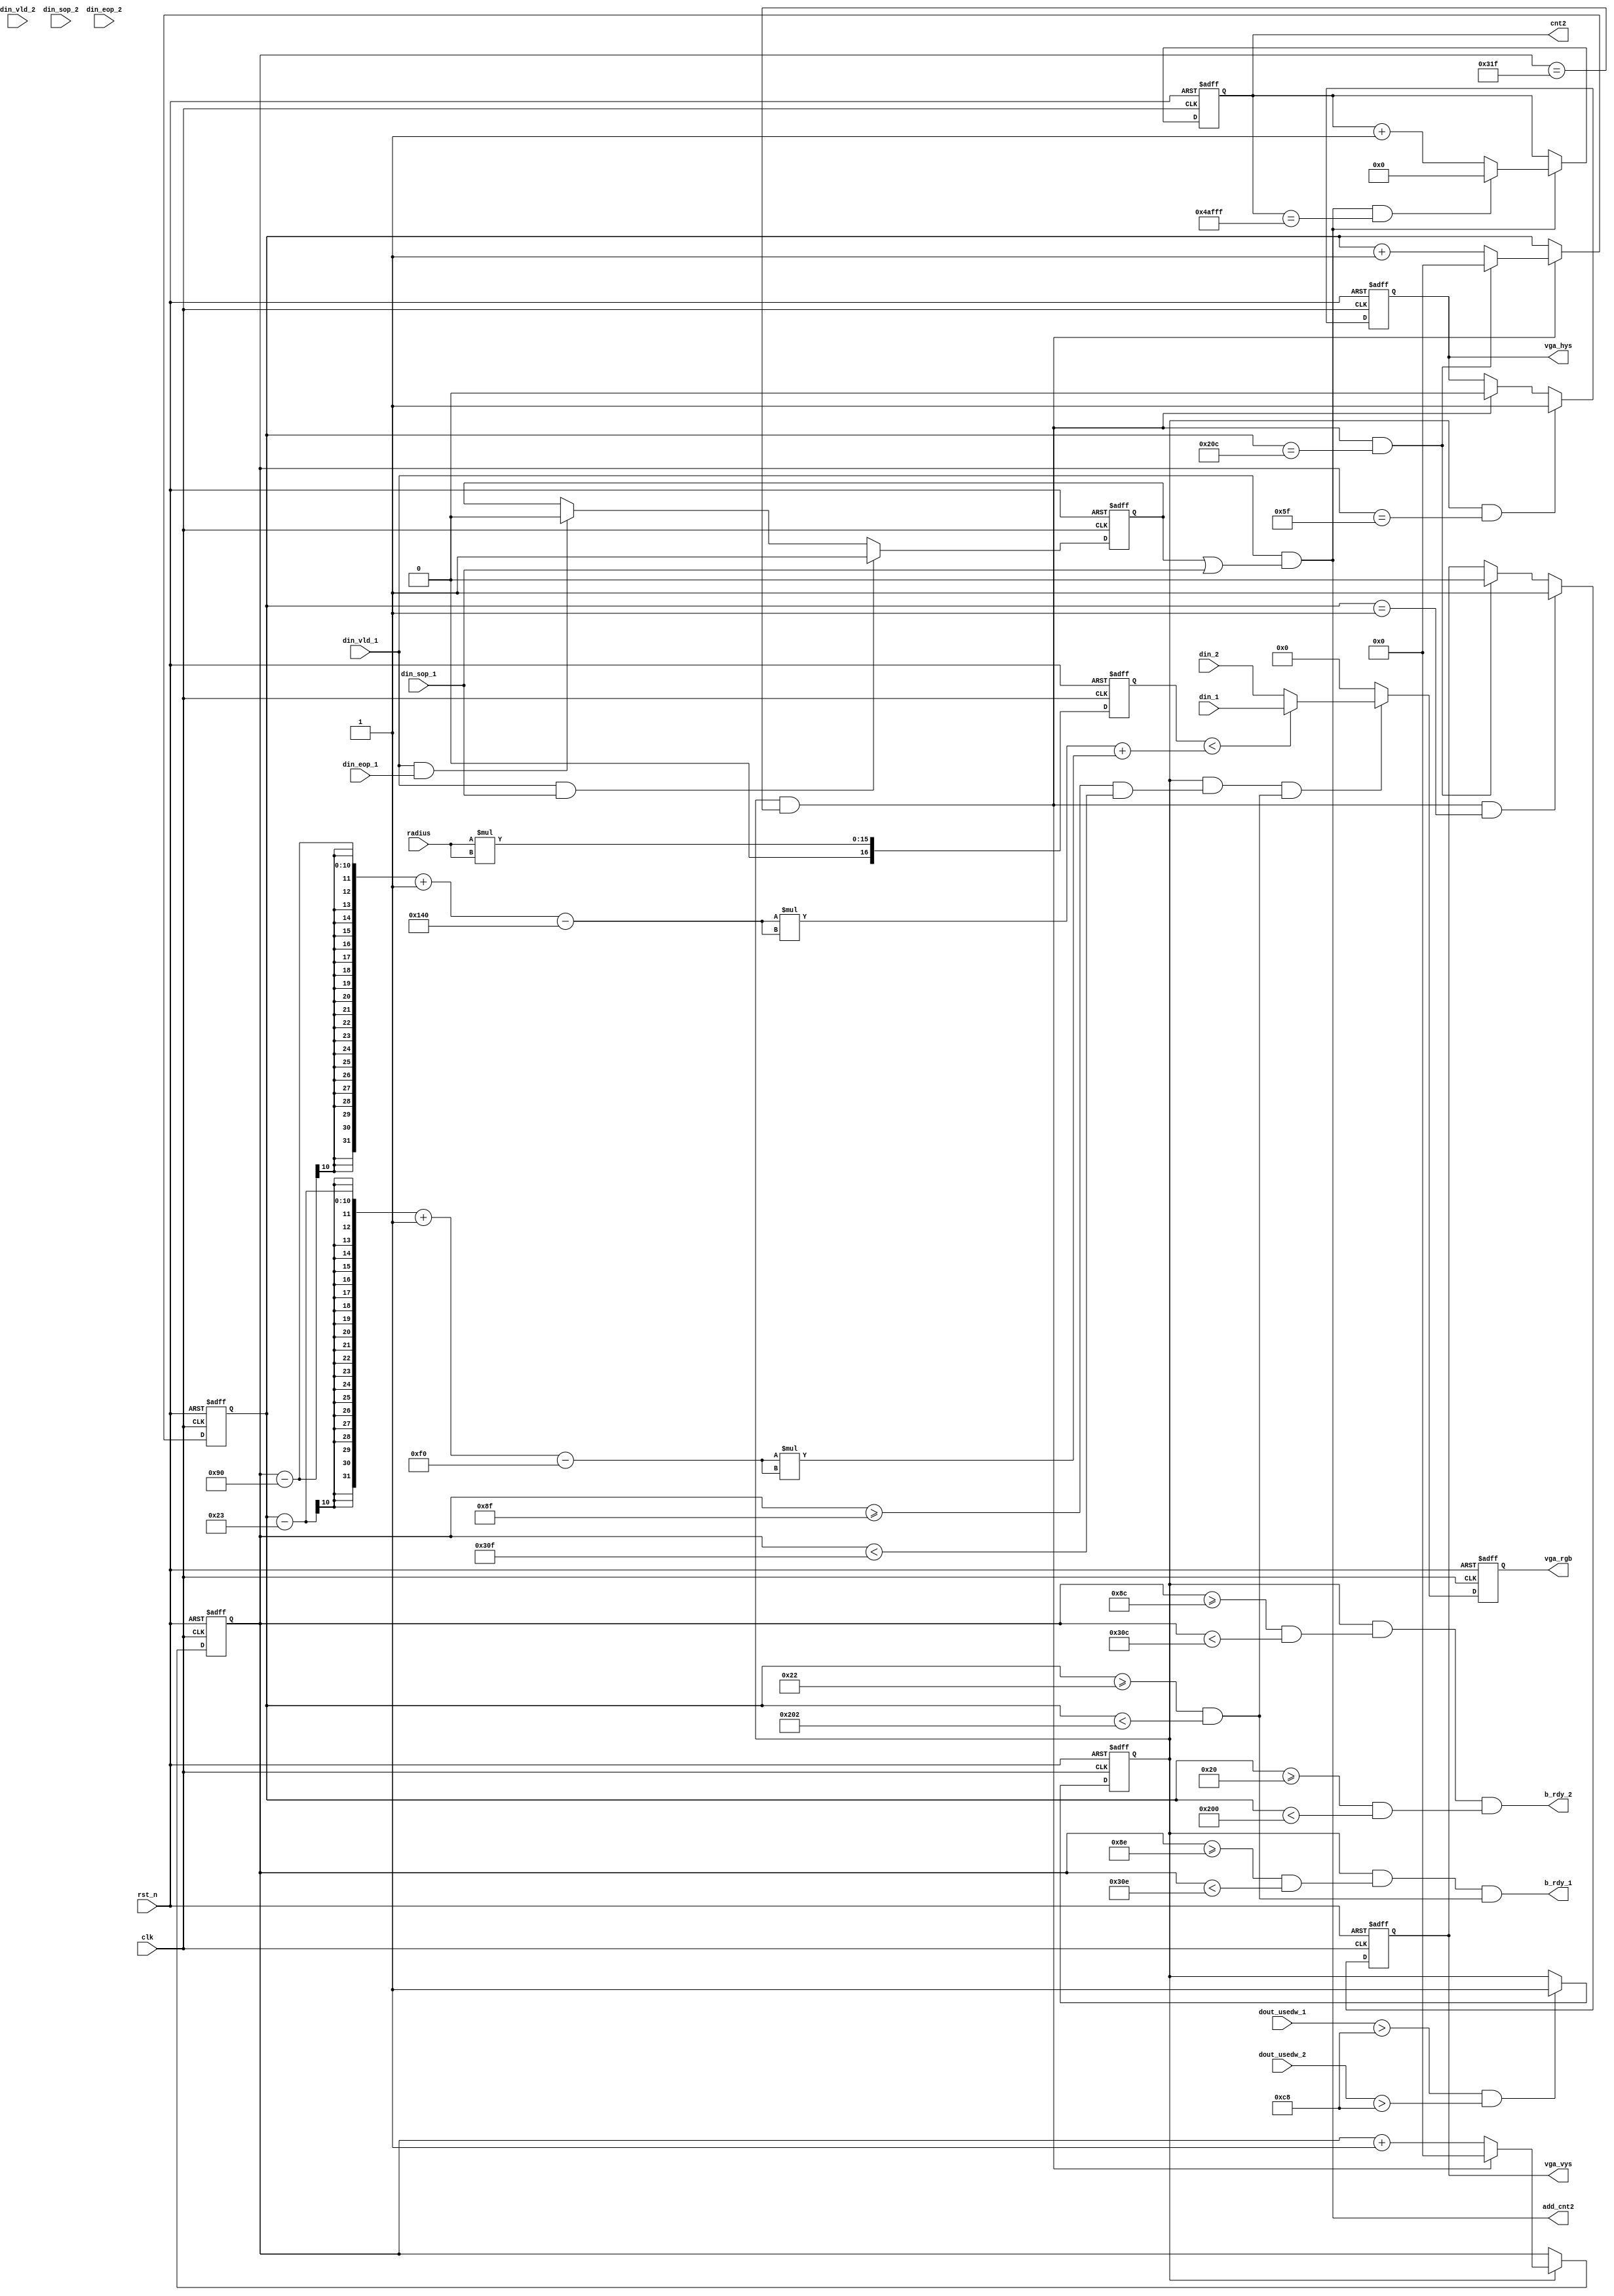
module vga_driver(
        clk         ,
        rst_n       ,
        radius      ,

        din_1       ,//
        din_vld_1   ,
        din_sop_1   ,
        din_eop_1   ,
        dout_usedw_1,
        b_rdy_1     ,

        din_2       ,//
        din_vld_2   ,
        din_sop_2   ,
        din_eop_2   ,
        dout_usedw_2,
        b_rdy_2     ,
        

        vga_hys     ,
        vga_vys     ,
        vga_rgb     ,

        cnt2,
        add_cnt2
    );
    //din_1  din_2

    //
    //2FIFO
    // b_rdy_1 b_rdy_2 din_vldb_rdy_1 b_rdy_2
    // 
    //r = x - a + y - b
    //r =    
    //a = X
    //b = Y
    //x =   - 144
    //y =   -35
    // > r   
    
    //




    //
    output      [18:0]      cnt2            ;
    output                  add_cnt2        ;


    //
    parameter       CIRCLE_X    = 320;//X 
    parameter       CIRCLE_Y    = 240;//Y 
    parameter       CIRCLE_R2   = 22500;//  100 



    //  640*480  25MHZ
    parameter       TIME_HYS    = 800;// 
    parameter       TIME_VYS    = 525;// 


    //
    input                   clk             ;
    input                   rst_n           ;
    input   [7:0]           radius          ;


    input       [15:0]      din_1           ;//
    input                   din_vld_1       ;
    input                   din_sop_1       ;
    input                   din_eop_1       ;
    input       [ 8:0]      dout_usedw_1    ;


    input       [15:0]      din_2           ;//
    input                   din_vld_2       ;
    input                   din_sop_2       ;
    input                   din_eop_2       ;
    input       [ 8:0]      dout_usedw_2    ;

    output                  vga_hys         ;
    output                  vga_vys         ;
    output      [15:0]      vga_rgb         ;

    output                  b_rdy_1         ;
    output                  b_rdy_2         ;

    reg                     vga_hys         ;
    reg                     vga_vys         ;
    reg         [15:0]      vga_rgb         ;
	 reg         [15:0]      din_2_ff0       ;
	 reg         [15:0]      din_1_ff0       ;
           
    wire                    b_rdy_1         ;
    wire                    b_rdy_2         ;
    reg         [16:0]      rr              ;
    reg         [16:0]      distance        ;/*synthesis keep */


    reg                     flag_add        ;

    wire                    add_cnt0        ;
    wire                    end_cnt0        ;
    reg         [ 9:0]      cnt0            ;

    wire                    add_cnt1        ;
    wire                    end_cnt1        ;
    reg         [ 9:0]      cnt1            ;

    wire                    display_area    ;/*synthesis keep */
	 reg                    display_area_ff0;
    reg                     data_sw         ;
    wire        [ 15:0]      circle_x_tmp    ;
    wire        [ 15:0]      circle_y_tmp    ;



    // 2FIFO VGA
    always  @(posedge clk or negedge rst_n)begin
        if(rst_n==1'b0)begin
            flag_add <= 0;
        end
        else if(dout_usedw_1 > 200 && dout_usedw_2 >200)begin
            flag_add <= 1;
        end
    end

    //
    always @(posedge clk or negedge rst_n)begin
        if(!rst_n)begin
            cnt0 <= 0;
        end
        else if(add_cnt0)begin
            if(end_cnt0)
                cnt0 <= 0;
            else
                cnt0 <= cnt0 + 1;
        end
    end
    assign add_cnt0 = flag_add;
 //   assign add_cnt0 = 1;
    assign end_cnt0 = add_cnt0 && cnt0 == TIME_HYS-1;//
    
    //
    always @(posedge clk or negedge rst_n)begin
        if(!rst_n)begin
            cnt1 <= 0;
        end
        else if(add_cnt1)begin
            if(end_cnt1)
                cnt1 <= 0;
            else
                cnt1 <= cnt1 + 1;
        end
    end
    assign add_cnt1 = end_cnt0;
    assign end_cnt1 = add_cnt1 && cnt1 == TIME_VYS-1;//


    //
    always  @(posedge clk or negedge rst_n)begin
        if(rst_n==1'b0)begin
            vga_hys <= 1'b0;
        end
        else if(add_cnt0 && cnt0 == 96-1)begin
            vga_hys <= 1'b1;
        end
        else if(end_cnt0)begin
            vga_hys <= 1'b0;
        end
    end
    
    //
    always  @(posedge clk or negedge rst_n)begin
        if(rst_n==1'b0)begin
            vga_vys <= 1'b0;
        end
        else if(add_cnt1 && cnt1 == 2-1)begin
            vga_vys <= 1'b1;
        end
        else if(end_cnt1)begin
            vga_vys <= 1'b0;
        end
    end
   

    always  @(posedge clk or negedge rst_n)begin
        if(rst_n==1'b0)begin
            vga_rgb <= 16'd0;
        end
        else if(display_area)begin
            if(data_sw == 0)begin
                    vga_rgb <= din_2;
            end
            else begin
                    vga_rgb <= din_1;
            end
        end
        else begin
            vga_rgb <= 0;
        end
    end

    //?1din_vld 
    //?1?
    //?22
assign b_rdy_1 = add_cnt0 && (cnt0>=(144-1-1) && cnt0<(144+640-1-1)) && (cnt1>=(35-1) && cnt1<(35+480-1));

    assign b_rdy_2 = add_cnt0 && (cnt0>=(144-1-1-2) && cnt0<(144+640-1-1-2)) && (cnt1>=(35-1-2) && cnt1<(35+480-1-2));// 
    //assign b_rdy_2 = add_cnt0 && (cnt0>=(144-1-1) && cnt0<(144+640-1-1)) && (cnt1>=(35-1) && cnt1<(35+480-1));


    assign display_area = add_cnt0 && (cnt0>=(144-1) && cnt0<(144+640-1)) && (cnt1>=(35-1) && cnt1<(35+480-1));




	 always  @(posedge clk or negedge rst_n)begin
	 if (rst_n==0) begin
	 rr <= 0;
	 end
	 else begin
	 rr <= radius * radius;
	 end
	 end


    reg data_sw_ff0;
    reg data_sw_ff1;
always  @(*)begin
        //
		  data_sw = rr < (cnt0-144+1 - CIRCLE_X) * (cnt0-144+1 - CIRCLE_X)+(cnt1-35+1 - CIRCLE_Y)  * (cnt1-35+1 - CIRCLE_Y) ;
;
    end



    //VGA
    //144     784
    //
    //35      515



    //
    wire        add_cnt2;
    wire        end_cnt2;
    reg [18:0]  cnt2    ;

    reg         flag    ;

    always @(posedge clk or negedge rst_n)begin
        if(!rst_n)begin
            cnt2 <= 0;
        end
        else if(add_cnt2)begin
            if(end_cnt2)
                cnt2 <= 0;
            else
                cnt2 <= cnt2 + 1;
        end
    end
    assign add_cnt2 = din_vld_1 && (flag || din_sop_1);
    assign end_cnt2 = add_cnt2 && cnt2 == 307200 - 1;
    
    
    always  @(posedge clk or negedge rst_n)begin
        if(rst_n==1'b0)begin
            flag <= 0;
        end
        else if(din_vld_1 && din_sop_1)begin
            flag <= 1;
        end
        else if(din_vld_1 && din_eop_1)begin
            flag <= 0;
        end
    end
    
    







endmodule